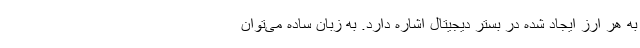
به هر ارز ایجاد شده در بستر دیجیتال اشاره دارد. به زبان ساده می‌توان